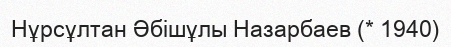
Нұрсұлтан Әбішұлы Назарбаев (* 1940)